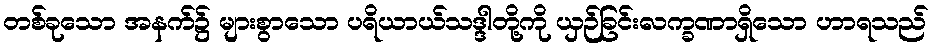
တစ်ခုသော အနက်၌ များစွာသော ပရိယာယ်သဒ္ဒါတို့ကို ယှဉ်ခြင်းလက္ခဏာရှိသော ဟာရသည်